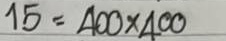
15 = 400 x 400